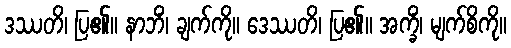
ဒဿတိ၊ ပြ၏။ နာဘိံ၊ ချက်ကို။ ဒေဿတိ၊ ပြ၏။ အက္ခိံ၊ မျက်စိကို။